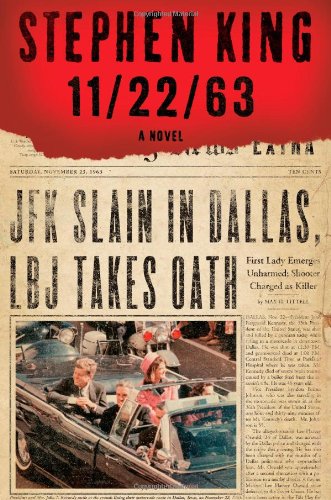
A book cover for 11/22/63: A Novel; Stephen King; Literature & Fiction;